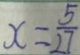
x = \frac { 5 } { 2 7 }